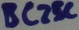
Text: BC25C